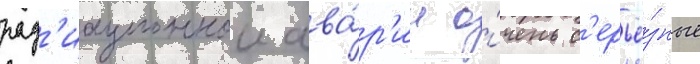
рад'иационнои ава́р'ии о́чень с'ерьё́зные